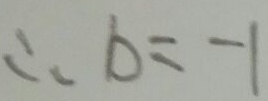
\therefore b = - 1